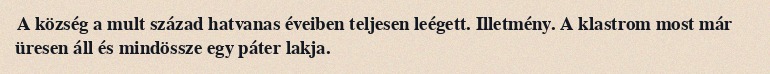
A község a mult század hatvanas éveiben teljesen leégett. Illetmény. A klastrom most már üresen áll és mindössze egy páter lakja.